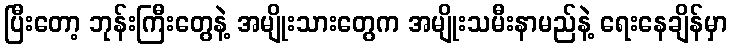
ပြီးတော့ ဘုန်းကြီးတွေနဲ့ အမျိုးသားတွေက အမျိုးသမီးနာမည်နဲ့ ရေးနေချိန်မှာ